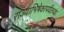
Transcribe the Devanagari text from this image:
राज्याभिषेकापर्यंतच्या